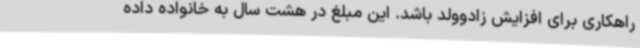
راهکاری برای افزایش زادوولد باشد. این مبلغ در هشت سال به خانواده داده